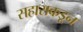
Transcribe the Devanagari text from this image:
सहाराकडून